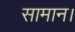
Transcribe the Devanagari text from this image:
सामान।